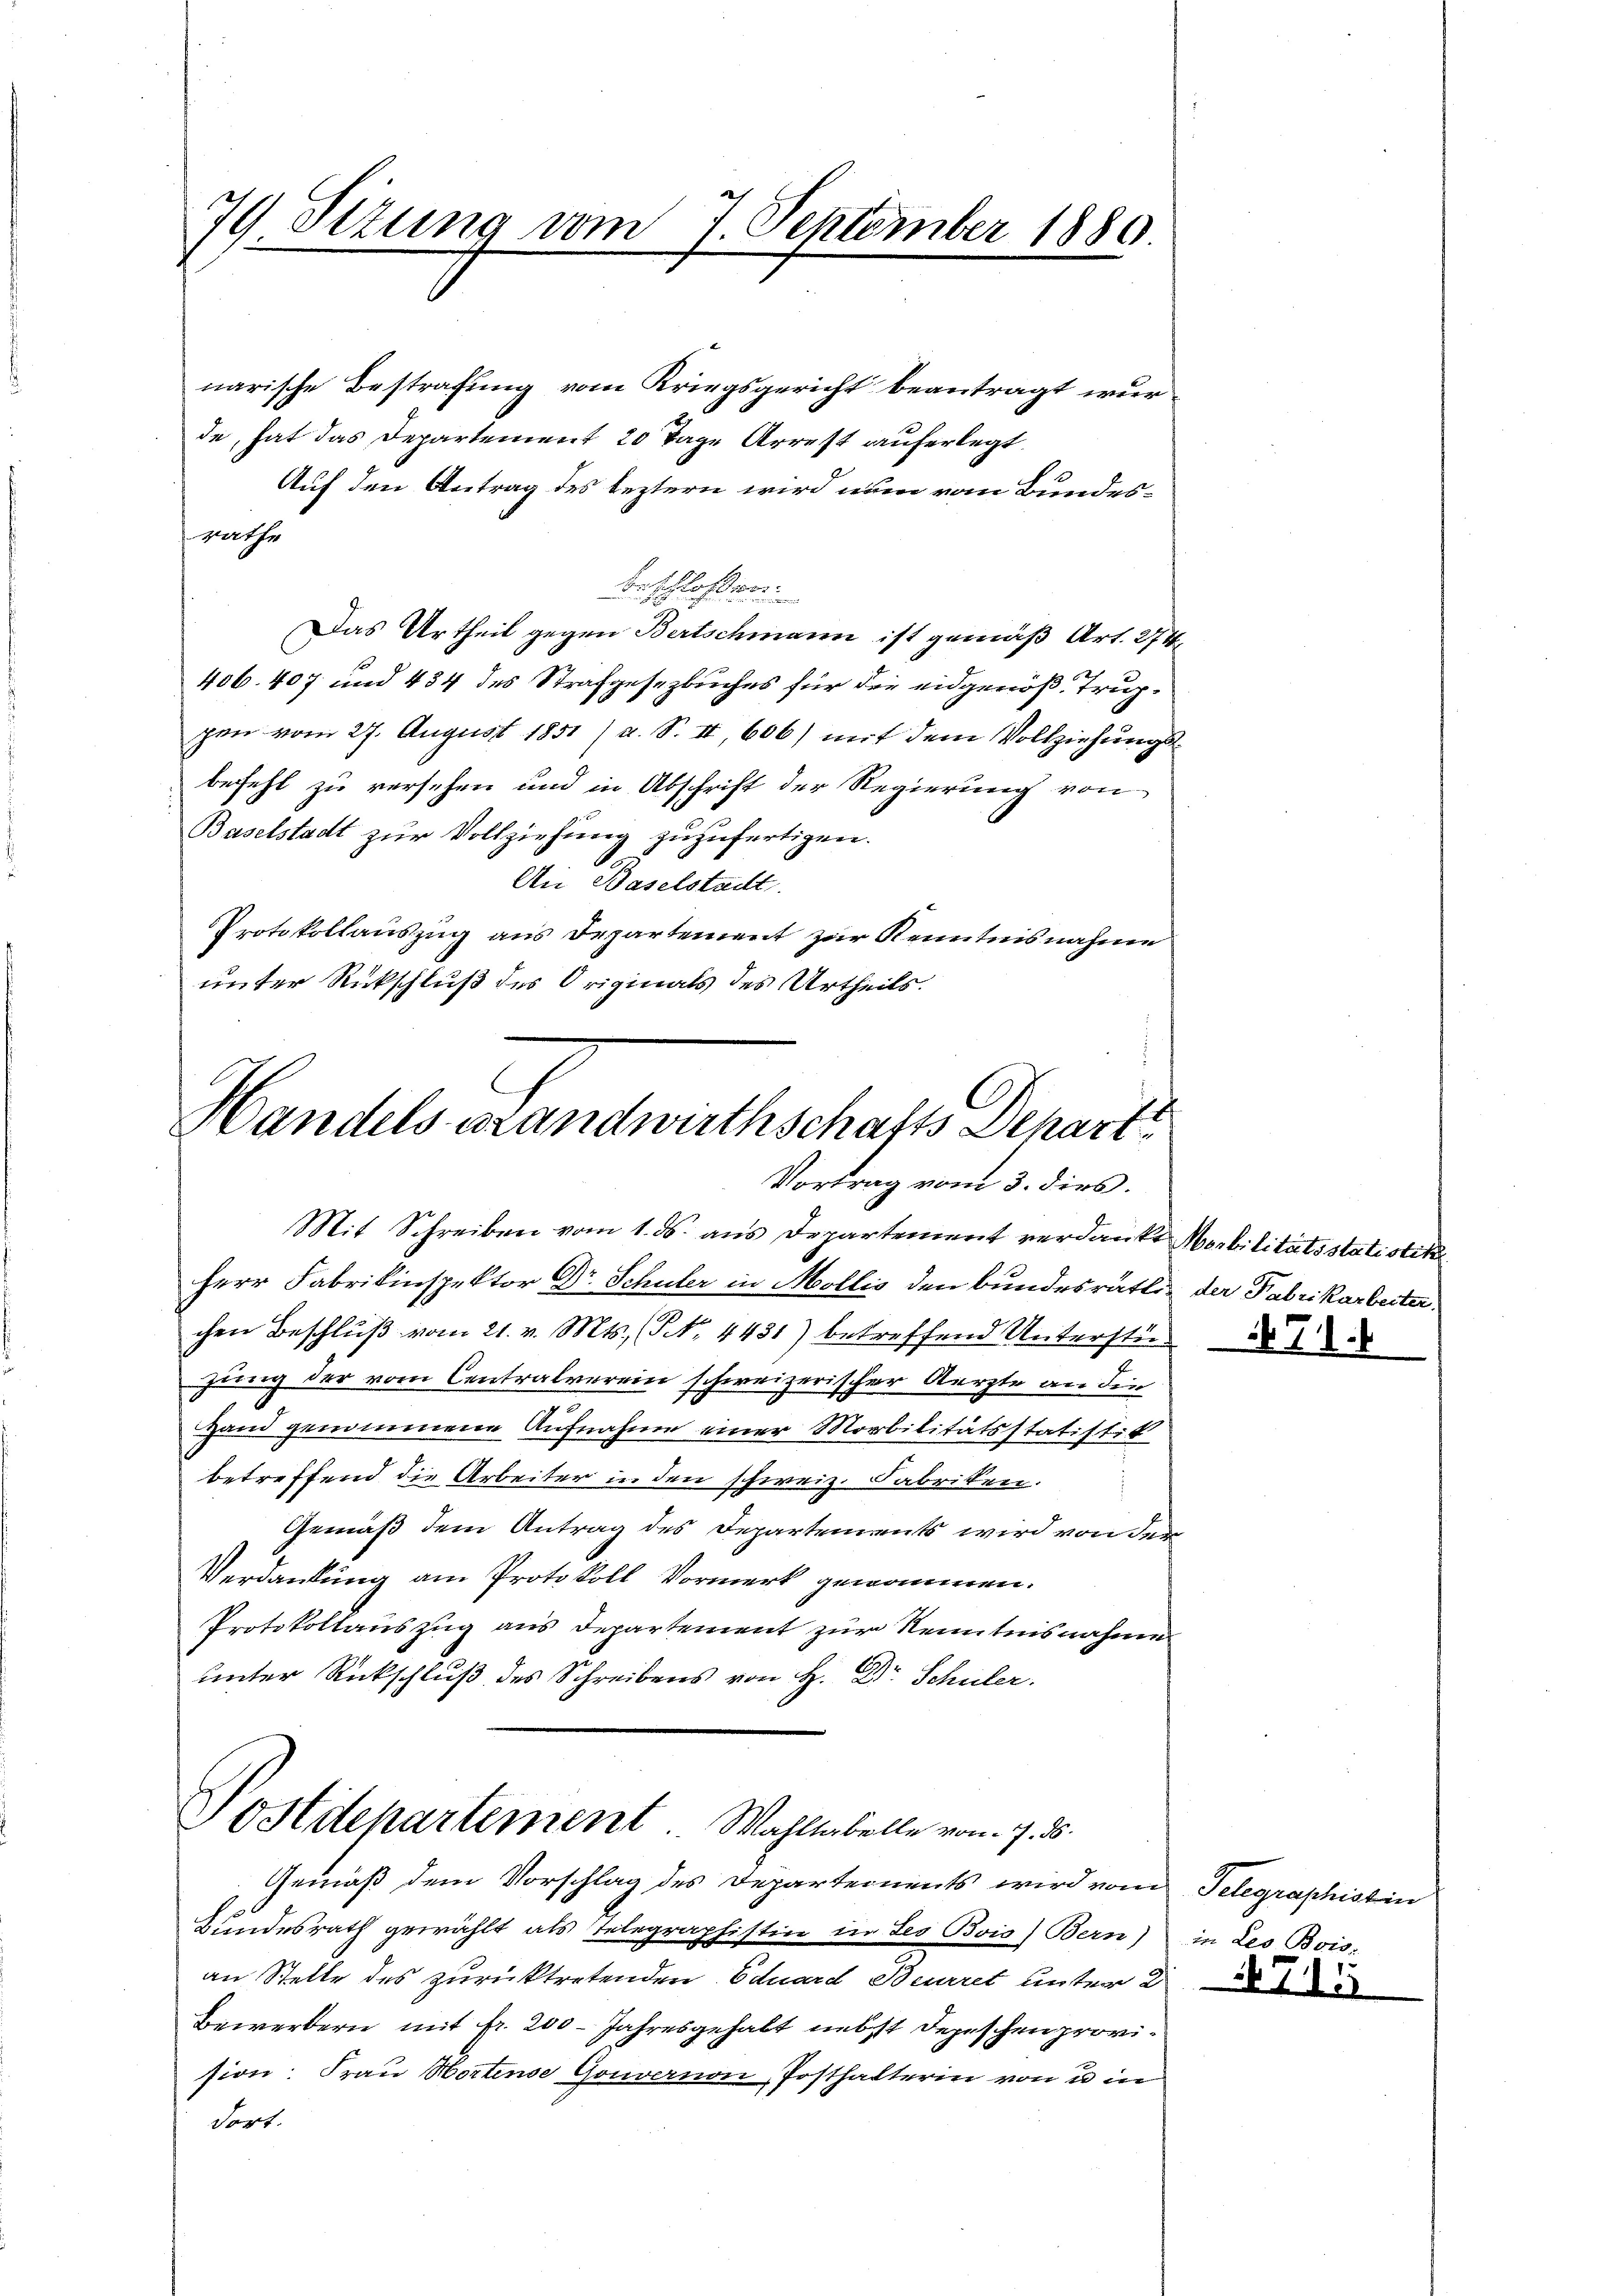
79 Sizung vom 7. September 1880.

narische Bestrafung vom Kriegsgericht beantragt wurde, hat das Departement 20 Tage Arrest auferlegt.
Auf den Antrag des leztern wird nun vom Bundesrathe
derschloßer
Das Urtheil gegen Bertschmann ist gemäß Art. 274.
406. 407 und 434 des Strafgesezbuches für die eidgenöß. Trupgen vom 27. August 1851 (a. S. II, 606) mit dem Vollziehungsbefehl zu versehen und in Abschrift der Regierung von
Baselstadt zur Vollziehung zuzufertigen.
An Baselstadt.
Protokollauszug aus Departement zur Kenntnisnahme
unter Rückschluß des Originals des Urtheils.

2
Handels Brandwirthschafts Depart
Vortrag vom 3. dies.
Mit Schreiben vom 1. ds. aus Departement verdankt Mobilitätsstatistike

Herr Fabrikinspektor Dr Schuler in Mollis den bundesräthin der Fabrikarbeiter
chen Beschluß vom 21. v. Mts. (T. 4431) betreffend Unterstügung der vom Centralverein schweizerischer Aerzte an die
Hand genommene Aufnahme einer Morbilitätsstatistik
betreffend die Arbeiter in den schweiz. Fabriken.
Gemäß dem Antrag des Departements wird von der
Verdankung am Protokoll Vormerk genommen.
Protokollauszug aus Departement zur Kenntnisnahme
unter Rückschluß des Schreibens von H. Dr. Schüler.

Postdepartement Wahltabelle von 7. ds.
Gemäß dem Vorschlag des Departements wird vom Telegraphistin

Bundesrath gewählt, als Telegraphistin in des Bois) Bern)
an Stelle des zurücktretenden Eduard Beuriret unter 2
Bewerbern mit fr. 200 - Jahresgehalt nebst Depeschen provision: Frau Wortense Gouvernon, Posthalterin von u in
dort.

in Leo Bois-